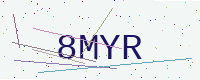
Text: 8MYR